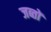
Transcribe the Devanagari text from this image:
जब्तों